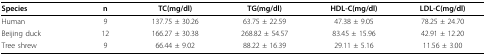
<table><thead><tr><td><b>Species</b></td><td><b>n</b></td><td><b>TC(mg/dl)</b></td><td><b>TG(mg/dl)</b></td><td><b>HDL-C(mg/dl)</b></td><td><b>LDL-C(mg/dl)</b></td></tr></thead><tbody><tr><td>Human</td><td>9</td><td>137.75 ± 30.26</td><td>63.75 ± 22.59</td><td>47.38 ± 9.05</td><td>78.25 ± 24.70</td></tr><tr><td>Beijing duck</td><td>12</td><td>166.27 ± 30.38</td><td>268.82 ± 54.57</td><td>83.45 ± 15.96</td><td>42.91 ± 12.20</td></tr><tr><td>Tree shrew</td><td>9</td><td>66.44 ± 9.02</td><td>88.22 ± 16.39</td><td>29.11 ± 5.16</td><td>11.56 ± 3.00</td></tr></tbody></table>